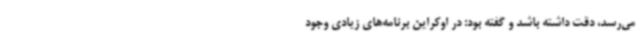
می‌رسد، دقت داشته باشد و گفته بود: در اوکراین برنامه‌های زیادی وجود